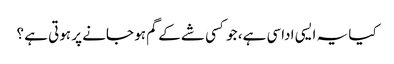
کیا یہ ایسی اداسی ہے، جو کسی شے کے گم ہو جانے پر ہوتی ہے ؟